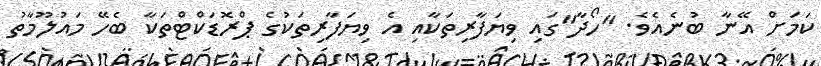
ކަމަށް އޭނާ ބުނެއެވެ. "ހޯދާ"ގައި ވިޔަފާރިތަކާއި އެ ވިޔަފާރިތަކުގެ ޕްރޮޑަކްޓްތަކާ ބެހޭ މައުލޫމާތު